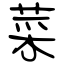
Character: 菜